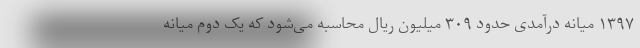
۱۳۹۷ میانه درآمدی حدود ۳۰۹ میلیون ریال محاسبه می‌شود که یک دوم میانه